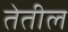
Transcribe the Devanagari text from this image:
तेतील